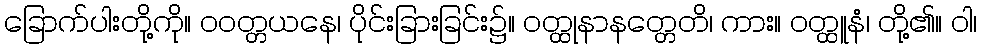
ခြောက်ပါးတို့ကို။ ဝဝတ္တယနေ၊ ပိုင်းခြားခြင်း၌။ ဝတ္ထုနာနတ္တေတိ၊ ကား။ ဝတ္ထူနံ၊ တို့၏။ ဝါ၊